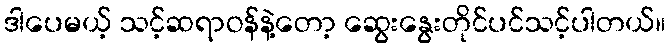
ဒါပေမယ့် သင့်ဆရာဝန်နဲ့တော့ ဆွေးနွေးတိုင်ပင်သင့်ပါတယ်။